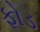
ફોડ